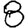
Digit: 8